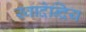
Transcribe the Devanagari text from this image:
स्वादेन्द्रिय